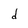
Character: d